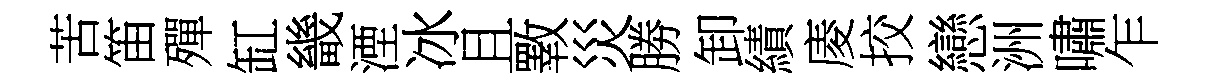
苦笛殫缸畿湮冰且斁災勝卸績庱挍戀洲嘯乍